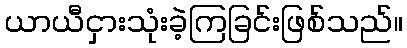
ယာယီငှားသုံးခဲ့ကြခြင်းဖြစ်သည်။